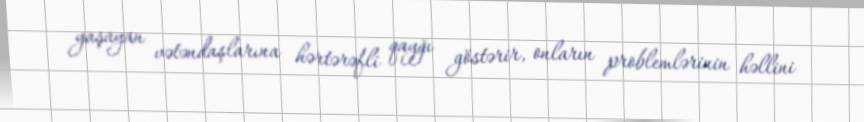
yaşayan vətəndaşlarına hərtərəfli qayğı göstərir, onların problemlərinin həllini